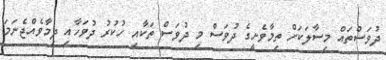
ދުވަސްތައް މިސާލަކަށް ތިމާވެށީގެ ދުވަސް މި ދުވަސް ތަކާއި ހުކުރު ދުވަހާއި ދިމާވެއްޖެނަމަ